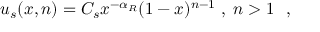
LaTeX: u _ { s } ( x , n ) = C _ { s } x ^ { - \alpha _ { R } } ( 1 - x ) ^ { n - 1 } \; , \; n > 1 \ \ ,